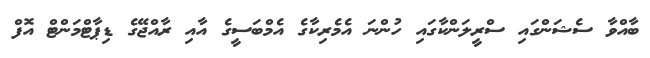
ބާއްވާ ސެޝަންގައި ސްރީލަންކާގައި ހުންނަ އެމެރިކާގެ އެމްބަސީގެ އާއި ރާއްޖޭގެ ޑިޕާޓްމަންޓް އޮފް